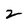
Character: 2